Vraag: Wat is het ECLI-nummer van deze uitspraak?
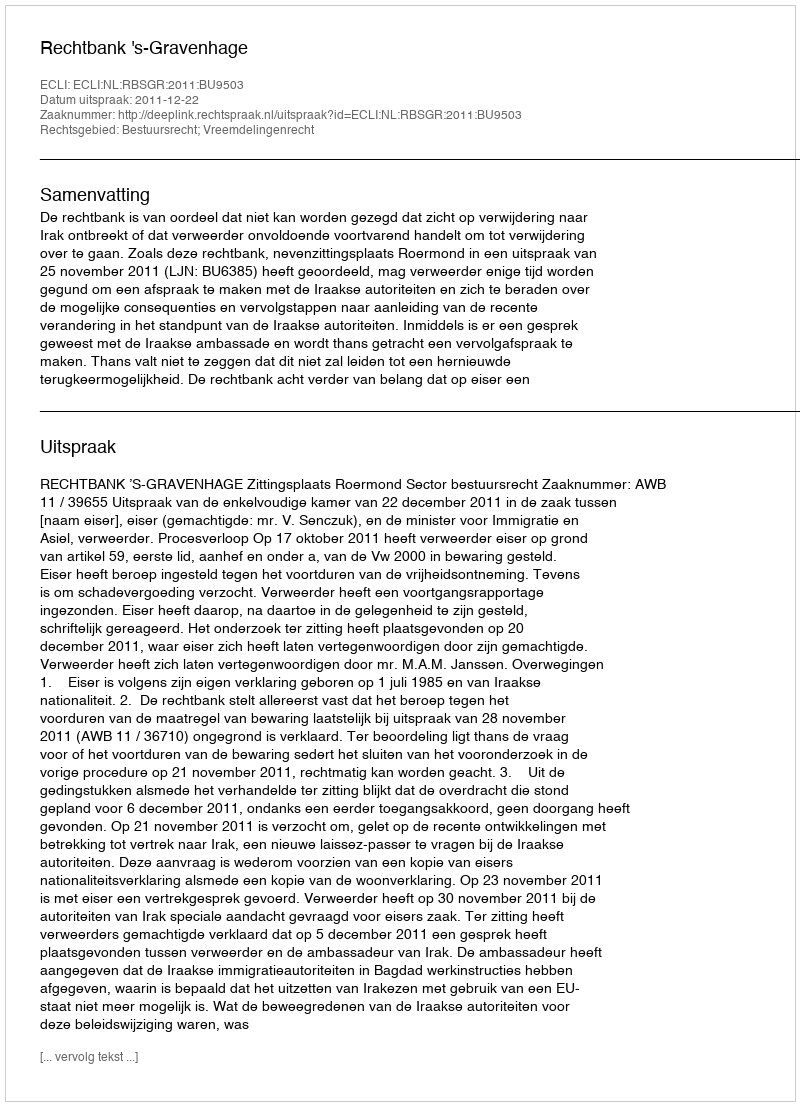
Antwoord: ECLI:NL:RBSGR:2011:BU9503